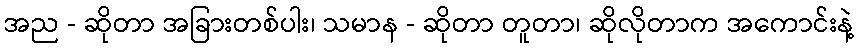
အည - ဆိုတာ အခြားတစ်ပါး၊ သမာန - ဆိုတာ တူတာ၊ ဆိုလိုတာက အကောင်းနဲ့